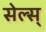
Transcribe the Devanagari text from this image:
सेल्स्